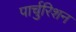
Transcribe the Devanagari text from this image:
पार्चुरिशन